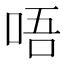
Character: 唔